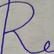
Signature authenticity: forged